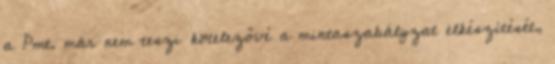
a Pmt. már nem teszi kötelezővé a mintaszabályzat elkészítését,